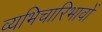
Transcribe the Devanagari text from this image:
व्यभिचारिभावों